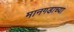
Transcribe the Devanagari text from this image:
मानगडाच्या